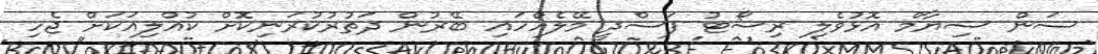
ސަން ސިޔާމް އޮޅުވެލި ރިސޯޓު ފަސްދީ މޭލެއްހައި ބޭރުން ދަތުރުކުރަނިކޮށް ކުއްލިއަކަށް ޖެހި